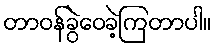
တာဝန်ခွဲဝေခဲ့ကြတာပါ။